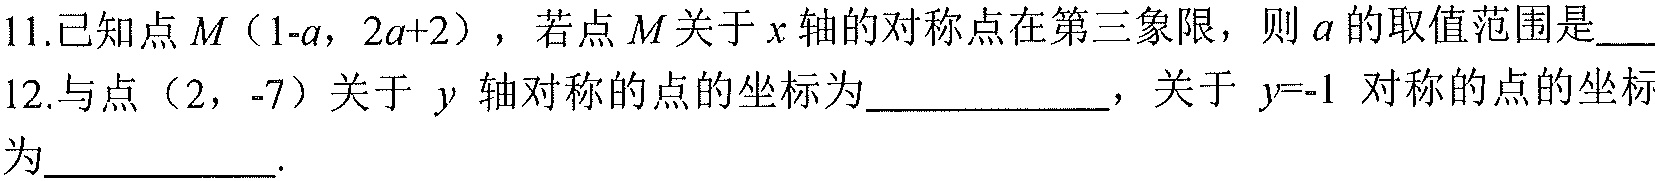
11.已知点$M（1 - a,2a + 2）$，若点$M$关于$x$轴的对称点在第三象限，则$a$的取值范围是___
12.与点$(2,-7)$关于$y$轴对称的点的坐标为___________，关于$y = - 1$对称的点的坐标为__________.